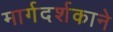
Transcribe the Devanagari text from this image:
मार्गदर्शकाने